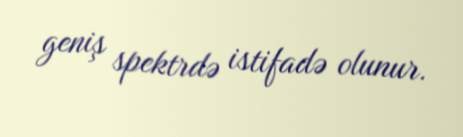
geniş spektrdə istifadə olunur.